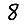
Digit: 8